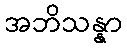
အဘိသန္နာ